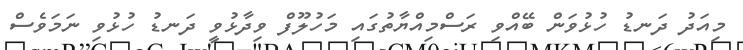
މިއަދު ދަނޑު ހުޅުވަން ބޭއްވި ރަސްމިއްޔާތުގައި މަހުލޫފް ވިދާޅުވީ ދަނޑު ހުޅުވި ނަމަވެސް